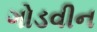
ગોડવીન